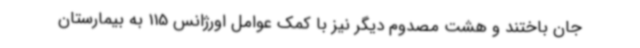
جان باختند و هشت مصدوم دیگر نیز با کمک عوامل اورژانس 115 به بیمارستان